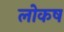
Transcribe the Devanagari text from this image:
लोकष